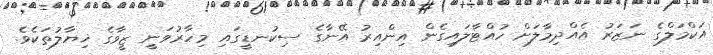
އަކްމަލްގެ ނަޒަރު އެއްދިމާލަށް ހުއްޓާލައިގެން އިންއިރު އޭނާގެ ސިކުނޑީގައި މިހާރުވަނީ ޒީވާގެ ޚިޔާލުތަކެވެ.